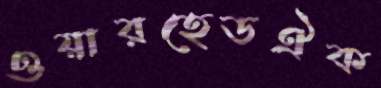
ওয়ারহেডঐক